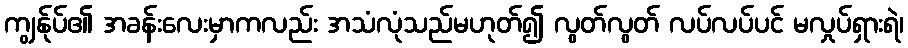
ကျွန်ုပ်၏ အခန်းလေးမှာကလည်း အသံလုံသည်မဟုတ်၍ လွတ်လွတ် လပ်လပ်ပင် မလှုပ်ရှားရဲ၊